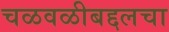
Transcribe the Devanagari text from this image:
चळवळीबद्दलचा